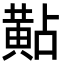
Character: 黇